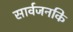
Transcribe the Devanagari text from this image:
सार्वजनकि